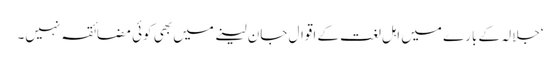
‘جلالہ کے بارے میں اہل لغت کے اقوال جان لینے میں بھی کوئی مضائقہ نہیں۔